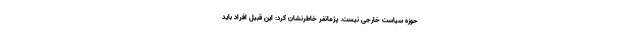
حوزه سیاست خارجی نیست. پژمانفر خاطرنشان کرد: این قبیل افراد باید